Indian journal of veterinary science and animal husbandry - Volume 8,
Year: 1938
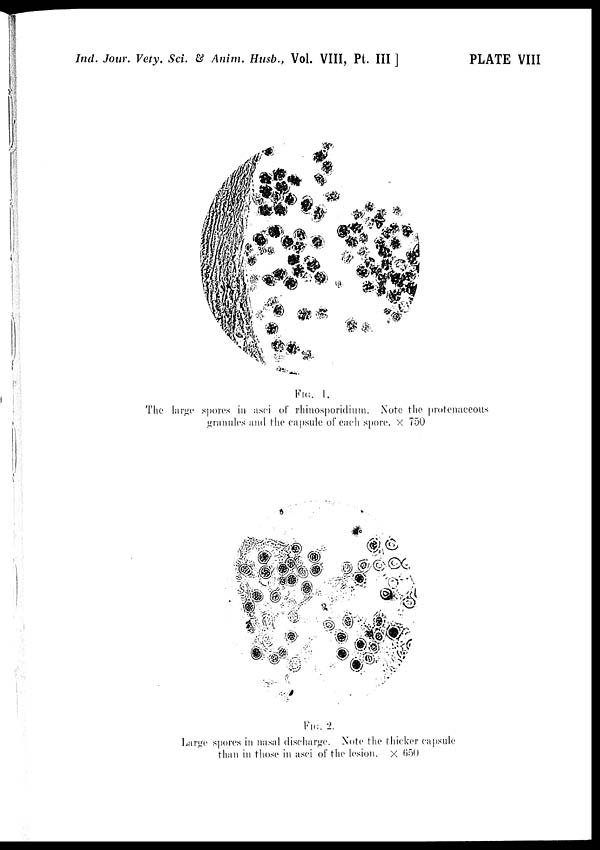
Ind. Jour. Vety. Sci. & Anim. Husb., Vol. VIII, Pt. III ]
PLATE VIII
FIG. 1.
The large spores in asci of rhinosporidium. Note the protenaccous
granules and the capsule of each spore. × 750
FIG. 2.
Large spores in nasal discharge. Note the thicker capsule
than in those in asci of the lesion. × 650